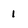
Character: 1